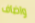
واضاف